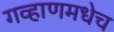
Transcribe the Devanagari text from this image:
गव्हाणमधेच